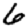
Digit: 6